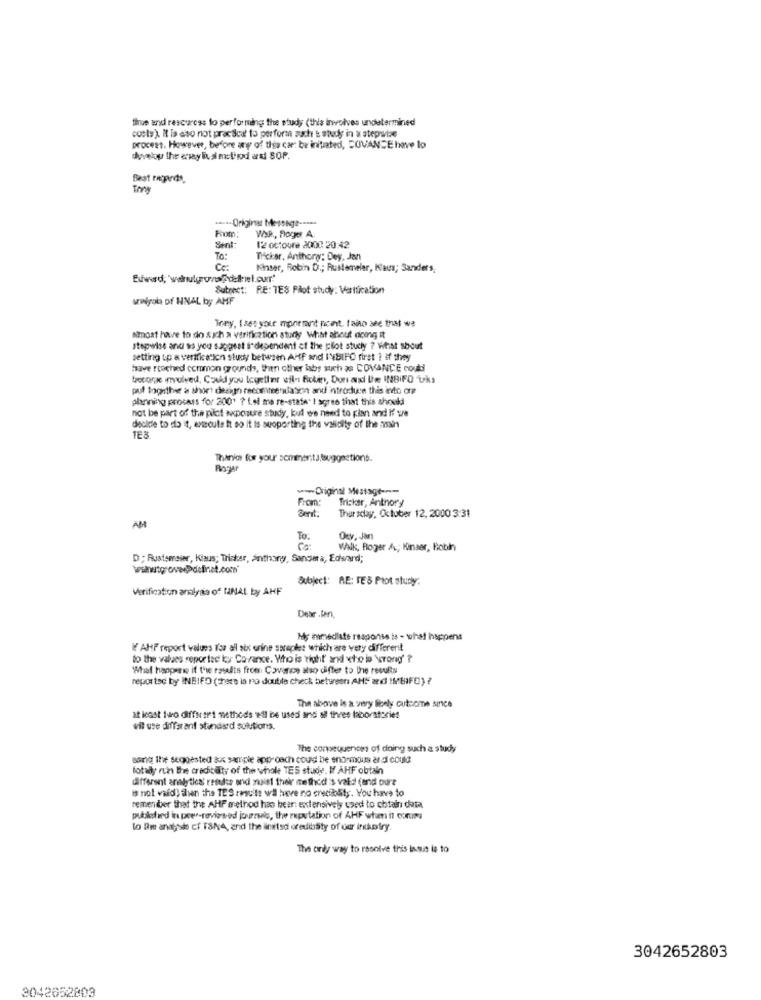
thue and resources to performing the study (this involves undetermined
costs). It is eso not pracscat to perform such t study in a stepwise
process. However, before any of this car: be initiated, COVANCE have to
deky the away Da method ardi SOP.
Best regards,
..-- Originas Message -----
From:
WAR ., Floger A.
Sent
12 ottobre 2000 20:42
TO:
Thicker, Anthory: Dey, Jan
Ce:
Kinder, Robin D .; RuMemneler, Haus; Sanders,
Sutrect: RE: TES Pilot study: Verification
arwilgot of HNAL by AMF
Tony, Ises your moormanit pont, faito see that we
amost have to do sich a verification sturly What about doing it
stepwise and so you saggest independent of the plot study ? What shout
setting up a verification study between AHP and INBIFO first ? if they
have reached common grounds, then other labs such as COVANCE could
become involved, Could you together sil-ı Bicken, Durand Ue INBiFO "tks
put together a short design recommendation and introduce this into one
planning process for 200' ? Lol me re-state" I agree that this should
not be part of the pilot exposure study, but we need to plan and if we
decide to do it, execute it so it Is supporting the validity of the main
TE8
Thanks for your comments, suggestions.
Roger
w-Original Message ---
From:
Tricker, Anthony
Bert
Thursday, October 12, 2000 3:31
To.
Ory, Jan
Walk, Roger A; Kinaer, Bobin
D ; Rustemaier, Klaus; Trisker, anthony, Sander a, Edward;
Subject: RE: TES Plot study:
Verification analysis of HNAL by AHF
Dear .ferl,
My mimediste response is - what happens
W/ AHP report values for all six urine saraples which are very different
to the values reported loy Covance. Who is right' and who is wrong' ?
What happens if the rasalts from Covance also differ to the resuRs
reported by INEIFO (There is no double check between AM"" ard IMBIFE) ?
The above is a very Bionly cutcome since
at least two different methods eil be used and all three laboratoriet
wil use different standard solutions.
The consequences of doing such a study
sang the suggested &x saniple approach could be enormous ard could
fotally ruin the credit alty of the whole TES study. If AHF obtain
different analytics rendes and novel their method is valid (and oure
is not valid) then the TES results wil have no credibility. You have to
remenber that the AHF method has been: extensively used to obtain dota
published in peer-reviewed journis, the reputation of AHF when it comma
to Bre anatods cf TSNA, and the linetsd oredihäity of our inhotry.
The only way to resolve this issue la to
3042652803
3042652809